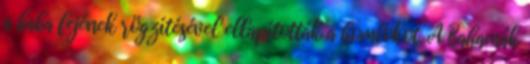
a baba fejének rögzítésével ellapították a homlokot. A Bahamák